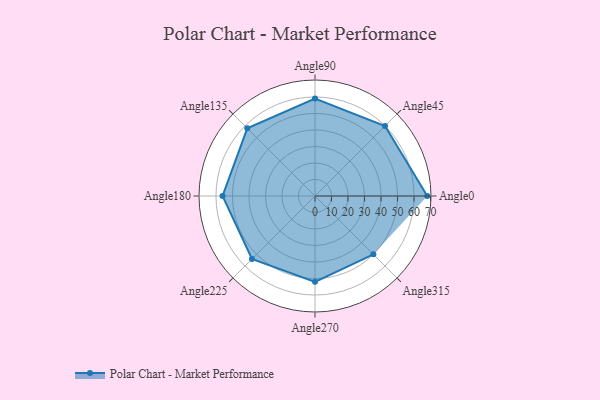
{"axis": {"x": "Angle", "y": "Radius"}, "legend": [""], "data": [{"x": "Angle0", "y": 68.0, "type": ""}, {"x": "Angle45", "y": 60.0, "type": ""}, {"x": "Angle90", "y": 59.0, "type": ""}, {"x": "Angle135", "y": 58.0, "type": ""}, {"x": "Angle180", "y": 56.0, "type": ""}, {"x": "Angle225", "y": 54.0, "type": ""}, {"x": "Angle270", "y": 52.0, "type": ""}, {"x": "Angle315", "y": 50, "type": ""}]}